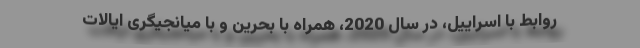
روابط با اسراییل، در سال 2020، همراه با بحرین و با میانجیگری ایالات